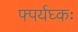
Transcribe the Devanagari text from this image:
फ्पर्यघ्कः